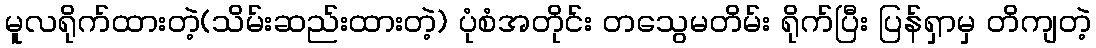
မူလရိုက်ထားတဲ့(သိမ်းဆည်းထားတဲ့) ပုံစံအတိုင်း တသွေမတိမ်း ရိုက်ပြီး ပြန်ရှာမှ တိကျတဲ့